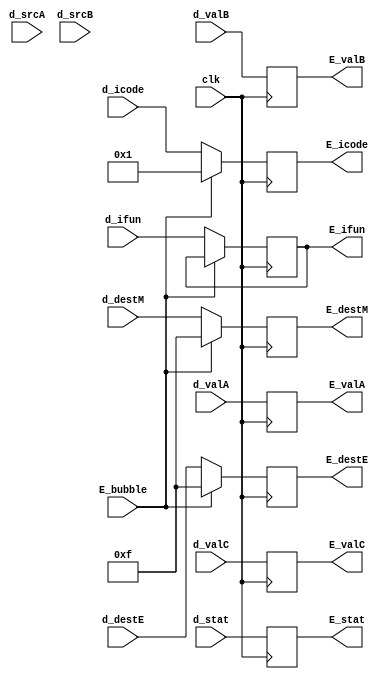
module e_reg(
input clk, 
input E_bubble,
input [63:0] d_valA ,d_valB, d_valC,
input [3:0] d_srcA ,d_srcB, d_destE ,d_destM, d_icode ,d_ifun, d_stat,

output reg [63:0] E_valA, E_valB, E_valC,
output reg [3:0] E_destE, E_destM, E_icode, E_ifun, E_stat
);

always @(posedge clk)
begin 
   if(E_bubble == 0)
   begin
      E_destE = d_destE ;
      E_destM = d_destM ;
      E_icode = d_icode;
      E_ifun = d_ifun ;
   end

   else if (E_bubble == 1)
   begin
      E_icode = 4'b1; //call the nop instruction, dynamically insert the bubble at Execute (put h'F)
      E_destE = 4'hF ;
      E_destM = 4'hF ;
   end

   E_valA = d_valA ;
   E_valB = d_valB ;
   E_valC = d_valC ;
   E_stat = d_stat ;
   
end
endmodule